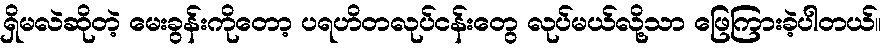
ရှိမလဲဆိုတဲ့ မေးခွန်းကိုတော့ ပရဟိတလုပ်ငန်းတွေ လုပ်မယ်လို့သာ ဖြေကြားခဲ့ပါတယ်။